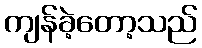
ကျန်ခဲ့တော့သည်